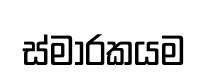
ස්මාරකයම